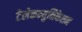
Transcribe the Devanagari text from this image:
टेलेकम्युनिकेशन